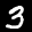
Label: 3